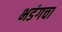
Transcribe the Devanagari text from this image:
भडंगचा